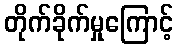
တိုက်ခိုက်မှုကြောင့်